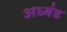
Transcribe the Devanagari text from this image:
अध्यंड